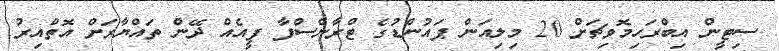
ސިޓީން އިބްރަހިމޮވިޗަށް 20 މިލިއަން ޕައުންޑުގެ ޓްރާންސްފާ ފީއެއް ދޭން ތައްޔާރަށް އޮތްއިރު